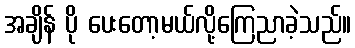
အချိန် ပို ပေးတော့မယ်လို့ကြေညာခဲ့သည်။